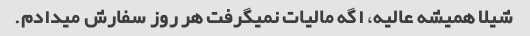
شیلا همیشه عالیه، اگه مالیات نمیگرفت هر روز سفارش میدادم.